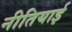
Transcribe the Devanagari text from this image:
नीतियाई